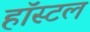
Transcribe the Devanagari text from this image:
हाॅस्टल